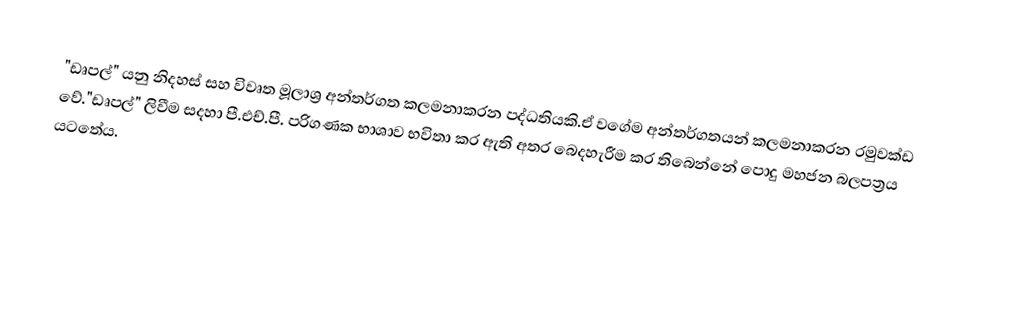
"ඩෘපල්" යනු නිදහස් සහ විවෘත මූලාශ්‍ර අන්තර්ගත කලමනාකරන පද්ධතියකි.ඒ වගේම අන්තර්ගතයන් කලමනාකරන රමුවක්ඩ වේ."ඩෘපල්" ලිවීම සදහා පී.එච්.පී. පරිගණක භාශාව භවිතා කර ඇති අතර බෙදහැරීම කර තිබෙන්නේ පොදු මහජන බලපත්‍රය යටතේය.